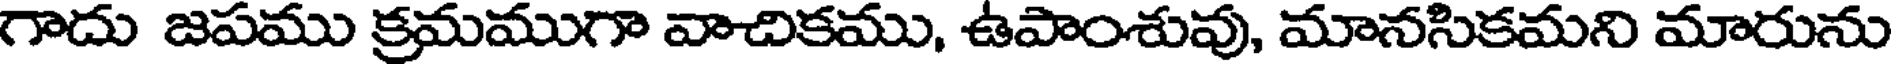
గాదు జపము క్రమముగా వాచికము, ఉపాంశువు, మానసికమని మారును